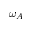
\omega _ { A }